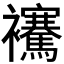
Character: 𧟑